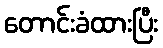
တောင်းခံထားပြီး